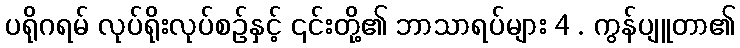
ပရိုဂရမ် လုပ်ရိုးလုပ်စဉ်နှင့် ၎င်းတို့၏ ဘာသာရပ်များ 4 . ကွန်ပျူတာ၏